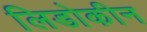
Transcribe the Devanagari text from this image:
लिडोकीन